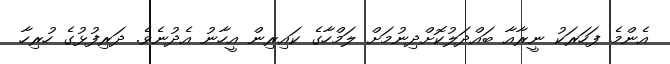
އެންމެ ފަހަރަކު ނީރާއާ ބައްދަލުކޮށްދިނުމަށް ލަމްހާގެ ކައިރިން އީހާނު އެދުނެވެ. ދަރިފުޅުގެ ހުރިހާ